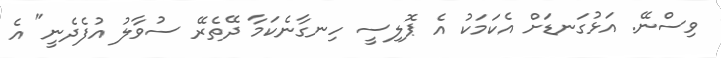
ވިސްނޭ. އަޅުގަނޑަށް އެކަމަކު އެ ޕޮލިސީ ހިނގާނެކަމާ ދޭތެރޭ ސުވާލު އުފެދެނީ" އެ